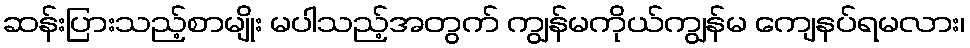
ဆန်းပြားသည့်စာမျိုး မပါသည့်အတွက် ကျွန်မကိုယ်ကျွန်မ ကျေနပ်ရမလား၊